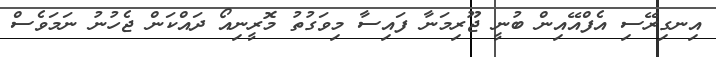
އިނގިރޭސި އެފްއޭއިން ބުނީ ޖޫރިމަނާ ފައިސާ މިވަގުތު މޮރީނިއޯ ދައްކަން ޖެހުނު ނަމަވެސް